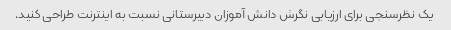
یک نظرسنجی برای ارزیابی نگرش دانش آموزان دبیرستانی نسبت به اینترنت طراحی کنید.